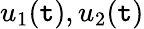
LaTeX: u_{1}(\mathtt{t}),u_{2}(\mathtt{t})